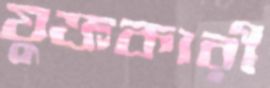
যুক্তকারী